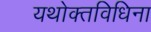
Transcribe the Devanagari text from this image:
यथोक्तविधिना